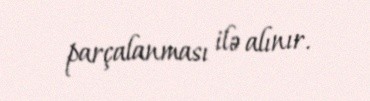
parçalanması ilə alınır.